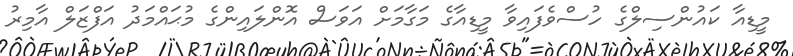
މީޑިއާ ކައުންސިލްގެ ހުސްވެފައިވާ މީޑިއާގެ މަގާމަށް އަވަސް އޮންލައިންގެ މުޙައްމަދު އަފްޒަލް އާމިރު